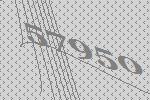
57950